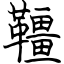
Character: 韁